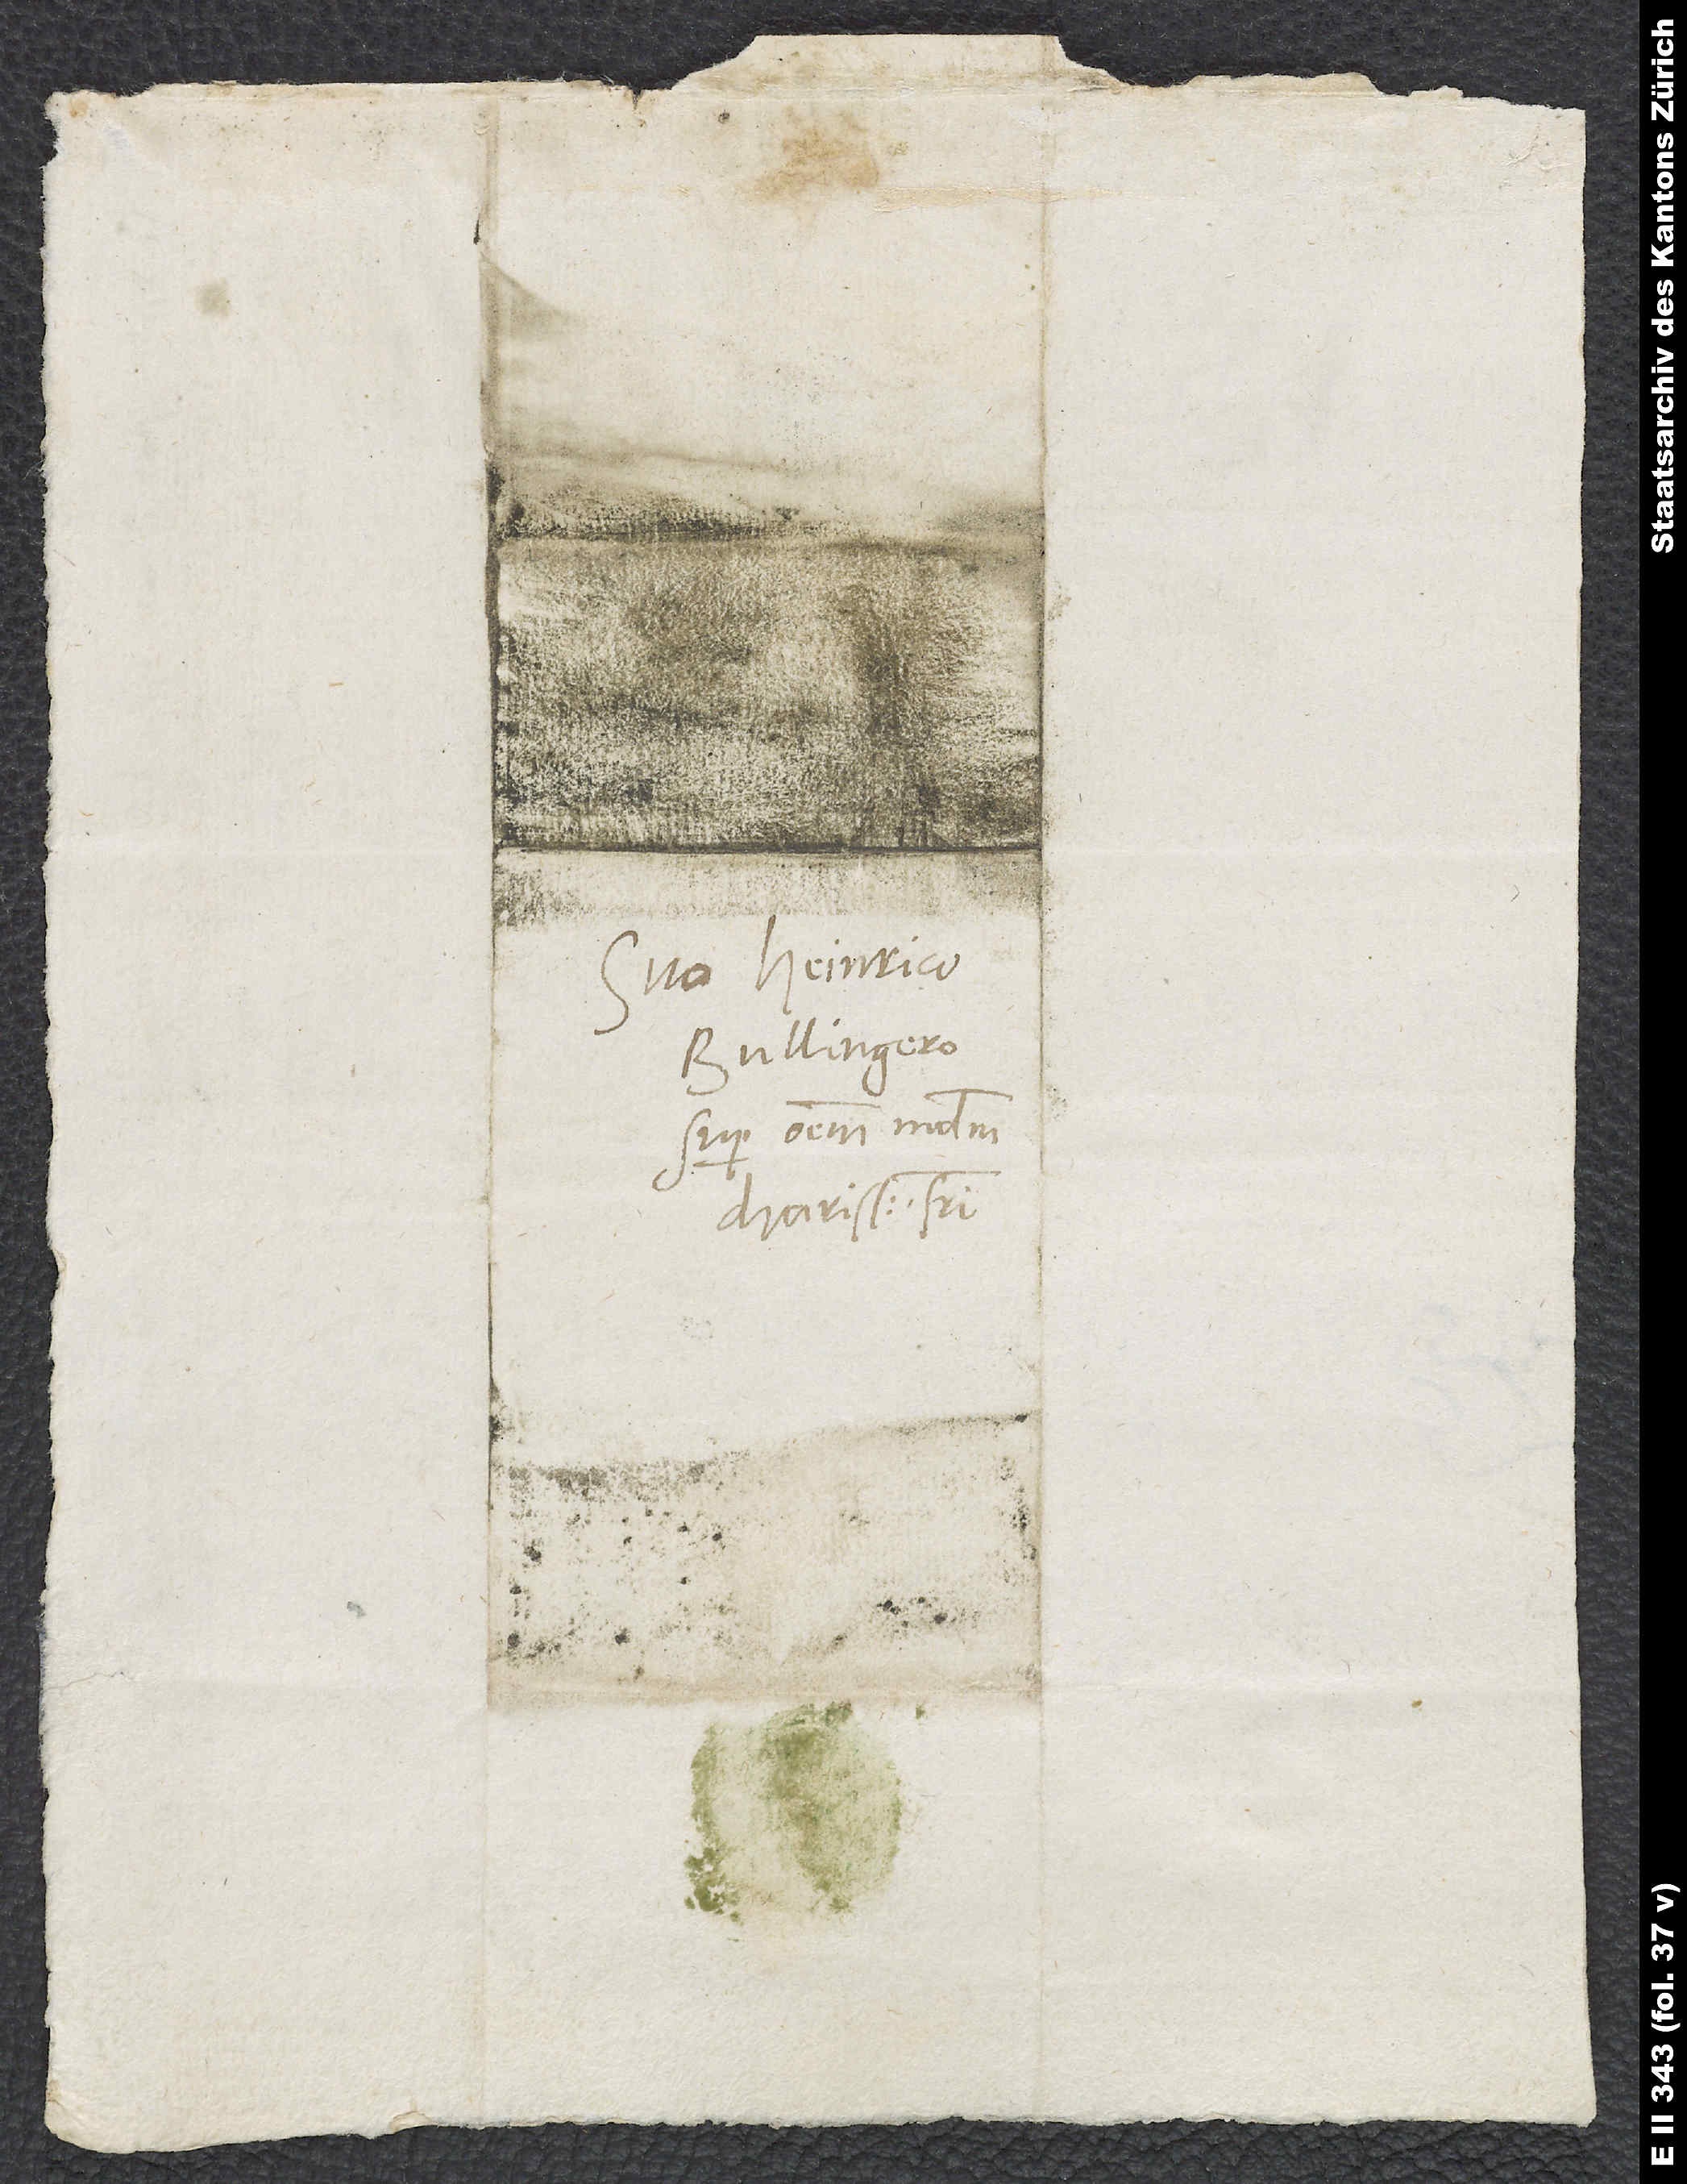
S.

Suo Heinrico
Bullingero,
super omnem modum
charissimo fratri.